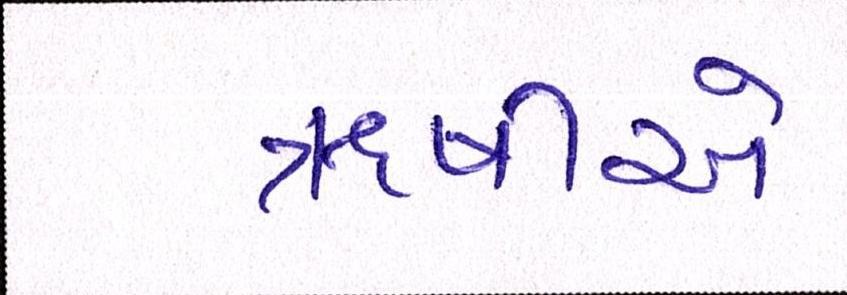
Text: ઋષીએ